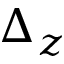
\Delta _ { z }